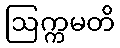
ဩက္ကမတိ